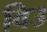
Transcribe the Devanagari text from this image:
विउ